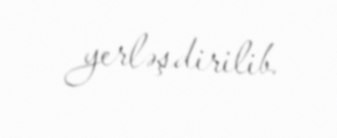
yerləşdirilib.